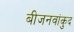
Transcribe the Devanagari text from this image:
बीजनवांकुद